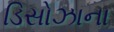
ડિસોઝાના